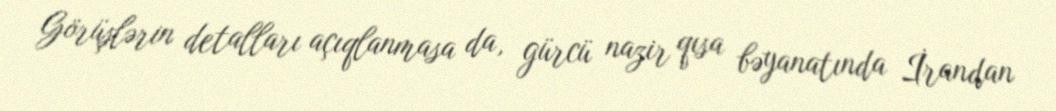
Görüşlərin detalları açıqlanmasa da, gürcü nazir qısa bəyanatında İrandan